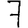
Digit: 7